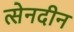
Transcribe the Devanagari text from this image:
त्सेनदीन